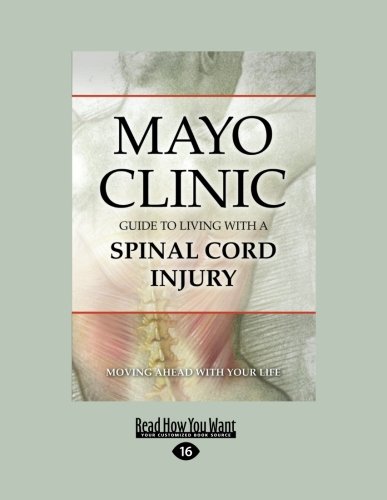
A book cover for Mayo Clinic's Guide to Living With A Spinal Cord Injury; The Mayo Clinic; Health, Fitness & Dieting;